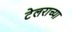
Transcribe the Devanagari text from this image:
टेलराच्या